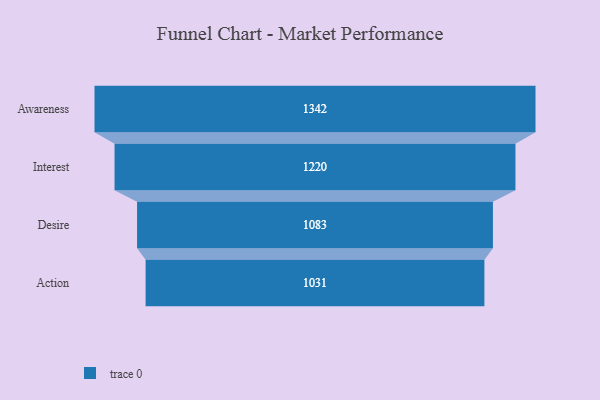
{"axis": {"x": "Stage", "y": "Value"}, "legend": [""], "data": [{"x": "Awareness", "y": 1342.0, "type": ""}, {"x": "Interest", "y": 1220.0, "type": ""}, {"x": "Desire", "y": 1083.0, "type": ""}, {"x": "Action", "y": 1031.0, "type": ""}]}